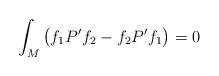
LaTeX: \begin{gather*}\int_M \big(f_1P^\prime f_2-f_2 P^\prime f_1\big)=0\end{gather*}